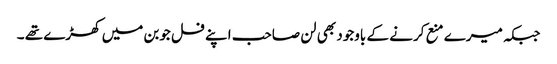
جبکہ میرے منع کرنے کے باوجود بھی لن صاحب اپنے فل جوبن میں کھڑے تھے ۔